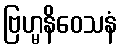
ဗြဟ္မနိဝေသနံ